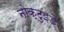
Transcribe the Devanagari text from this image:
नोक्टुइडे